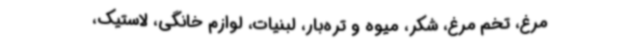
مرغ، تخم مرغ، شکر، میوه و تره‌بار، لبنیات، لوازم خانگی‌، لاستیک،